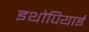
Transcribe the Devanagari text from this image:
इथोपियाई